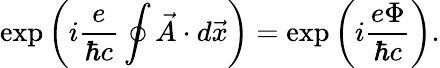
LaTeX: \exp\left(i\frac{e}{\hbar c}\oint\vec{A}\cdot d\vec{x}\right)=\exp\left(i\frac{e\Phi}{\hbar c}\right).